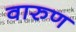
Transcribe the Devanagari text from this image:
वारुण